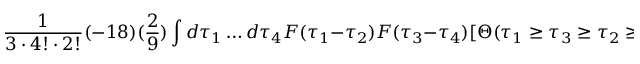
\frac { 1 } { 3 \cdot 4 ! \cdot 2 ! } ( - 1 8 ) ( \frac { 2 } { 9 } ) \int d \tau _ { 1 } \dots d \tau _ { 4 } F ( \tau _ { 1 } - \tau _ { 2 } ) F ( \tau _ { 3 } - \tau _ { 4 } ) [ \Theta ( \tau _ { 1 } \geq \tau _ { 3 } \geq \tau _ { 2 } \geq \tau _ { 4 } ) + \dots ] .